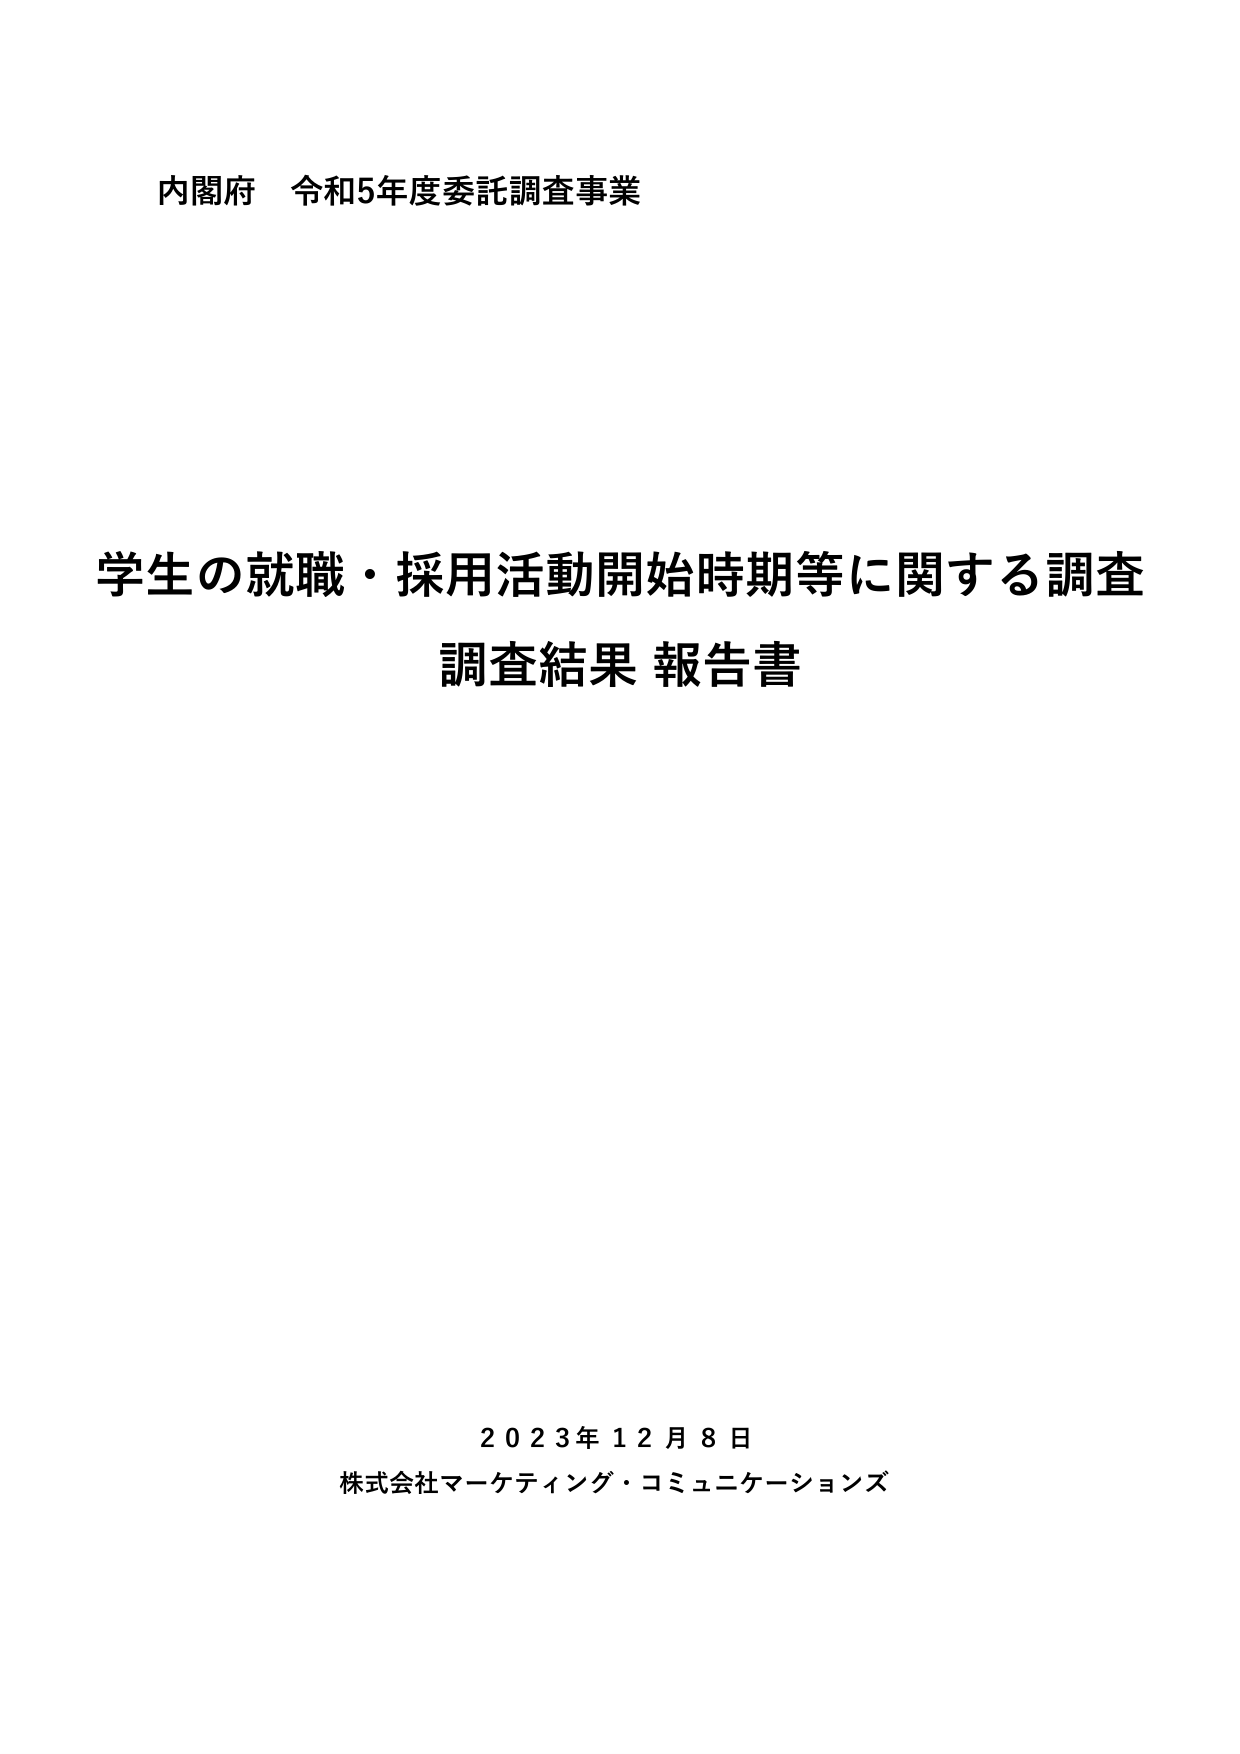
内閣府 令和5年度委託調査事業

学生の就職・採用活動開始時期等に関する調査
調査結果 報告書

2023年12月8日
株式会社マーケティング・コミュニケーションズ